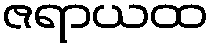
ဇရာယထ